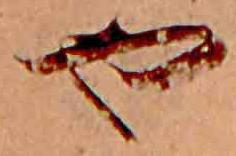
や